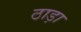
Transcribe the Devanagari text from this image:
ठाड़ा